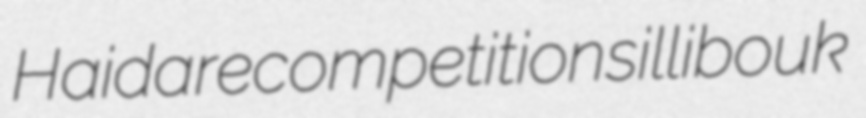
Haida recompetition sillibouk